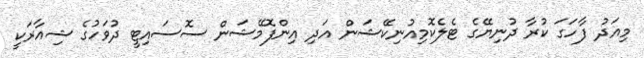
މިއަދު ފާހަގަ ކުރާ ދުނިޔޭގެ ޓެލެކޮމިއުނިކޭޝަން އަދި އިންފޮމޭޝަން ސޮސައިޓީ ދުވަހުގެ ޝިއާރަކީ